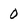
Character: 0